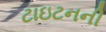
ટાઇટનની